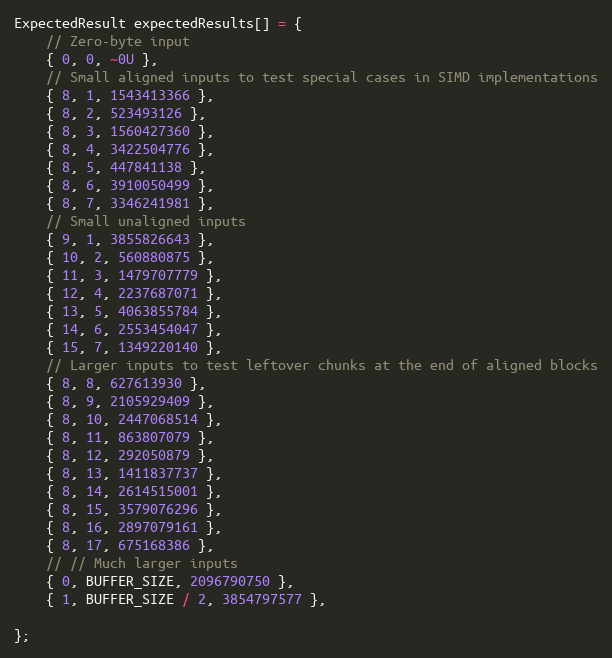
Language: C++
ExpectedResult expectedResults[] = {
    // Zero-byte input
    { 0, 0, ~0U },
    // Small aligned inputs to test special cases in SIMD implementations
    { 8, 1, 1543413366 },
    { 8, 2, 523493126 },
    { 8, 3, 1560427360 },
    { 8, 4, 3422504776 },
    { 8, 5, 447841138 },
    { 8, 6, 3910050499 },
    { 8, 7, 3346241981 },
    // Small unaligned inputs
    { 9, 1, 3855826643 },
    { 10, 2, 560880875 },
    { 11, 3, 1479707779 },
    { 12, 4, 2237687071 },
    { 13, 5, 4063855784 },
    { 14, 6, 2553454047 },
    { 15, 7, 1349220140 },
    // Larger inputs to test leftover chunks at the end of aligned blocks
    { 8, 8, 627613930 },
    { 8, 9, 2105929409 },
    { 8, 10, 2447068514 },
    { 8, 11, 863807079 },
    { 8, 12, 292050879 },
    { 8, 13, 1411837737 },
    { 8, 14, 2614515001 },
    { 8, 15, 3579076296 },
    { 8, 16, 2897079161 },
    { 8, 17, 675168386 },
    // // Much larger inputs
    { 0, BUFFER_SIZE, 2096790750 },
    { 1, BUFFER_SIZE / 2, 3854797577 },

};